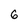
Character: 6